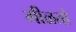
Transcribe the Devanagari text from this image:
मीळतो